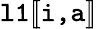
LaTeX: \texttt{l1}[\! [\texttt{i,a}]\! ]